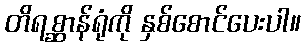
တိရစ္ဆာန်ရုံကို နှစ်စောင်ပေးပါ။